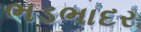
ભડભાદર